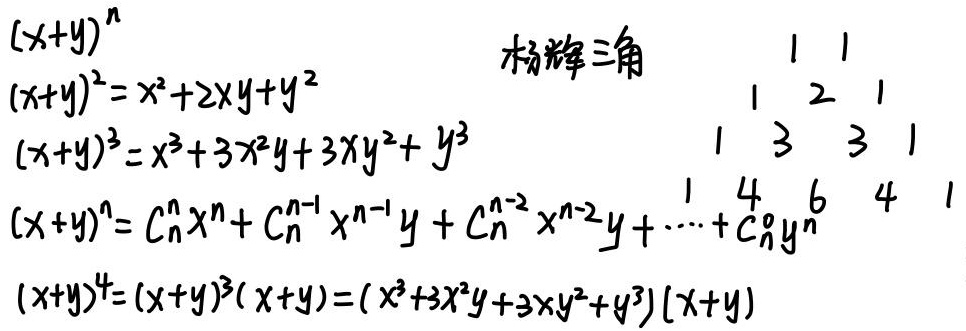
\[
\begin{align*}
&(x + y)^n\\
&(x + y)^2=x^2 + 2xy + y^2\\
&(x + y)^3=x^3 + 3x^2y+3xy^2 + y^3\\
&(x + y)^n = C_{n}^{n}x^n + C_{n}^{n - 1}x^{n - 1}y + C_{n}^{n - 2}x^{n - 2}y+\cdots + C_{n}^{0}y^n\\
&(x + y)^4=(x + y)^3(x + y)=(x^3 + 3x^2y+3xy^2 + y^3)(x + y)
\end{align*}
\]
杨辉三角
\[
\begin{matrix}
1&1\\
1&2&1\\
1&3&3&1\\
1&4&6&4&1
\end{matrix}
\]